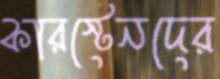
কারস্টেনদের